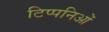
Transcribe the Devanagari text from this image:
टिप्पनिओं